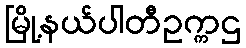
မြို့နယ်ပါတီဥက္ကဌ